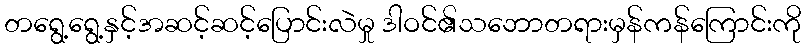
တရွေ့ရွေ့နှင့်အဆင့်ဆင့်ပြောင်းလဲမှု ဒါဝင်၏သဘောတရားမှန်ကန်ကြောင်းကို